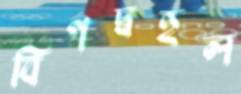
বিপদ্‌বহুল